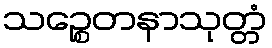
သဉ္စေတနာသုတ္တံ